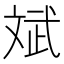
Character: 斌